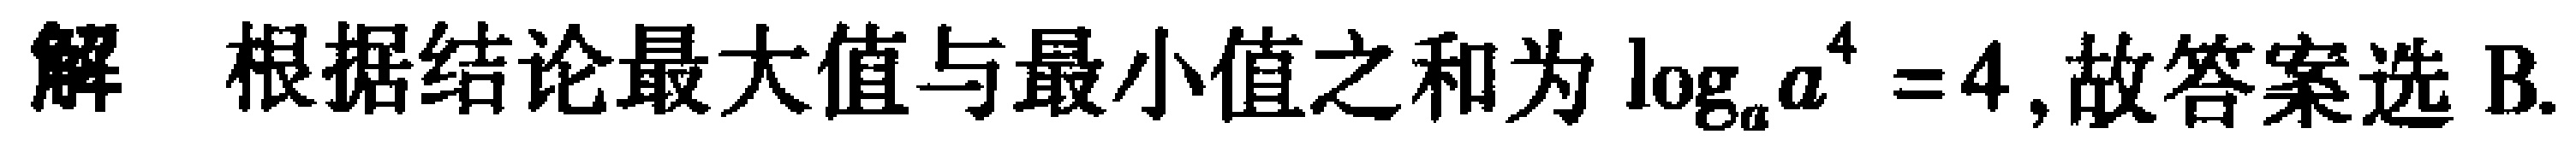
解 根据结论最大值与最小值之和为\(\log_{a}a^{4}=4\),故答案选B.